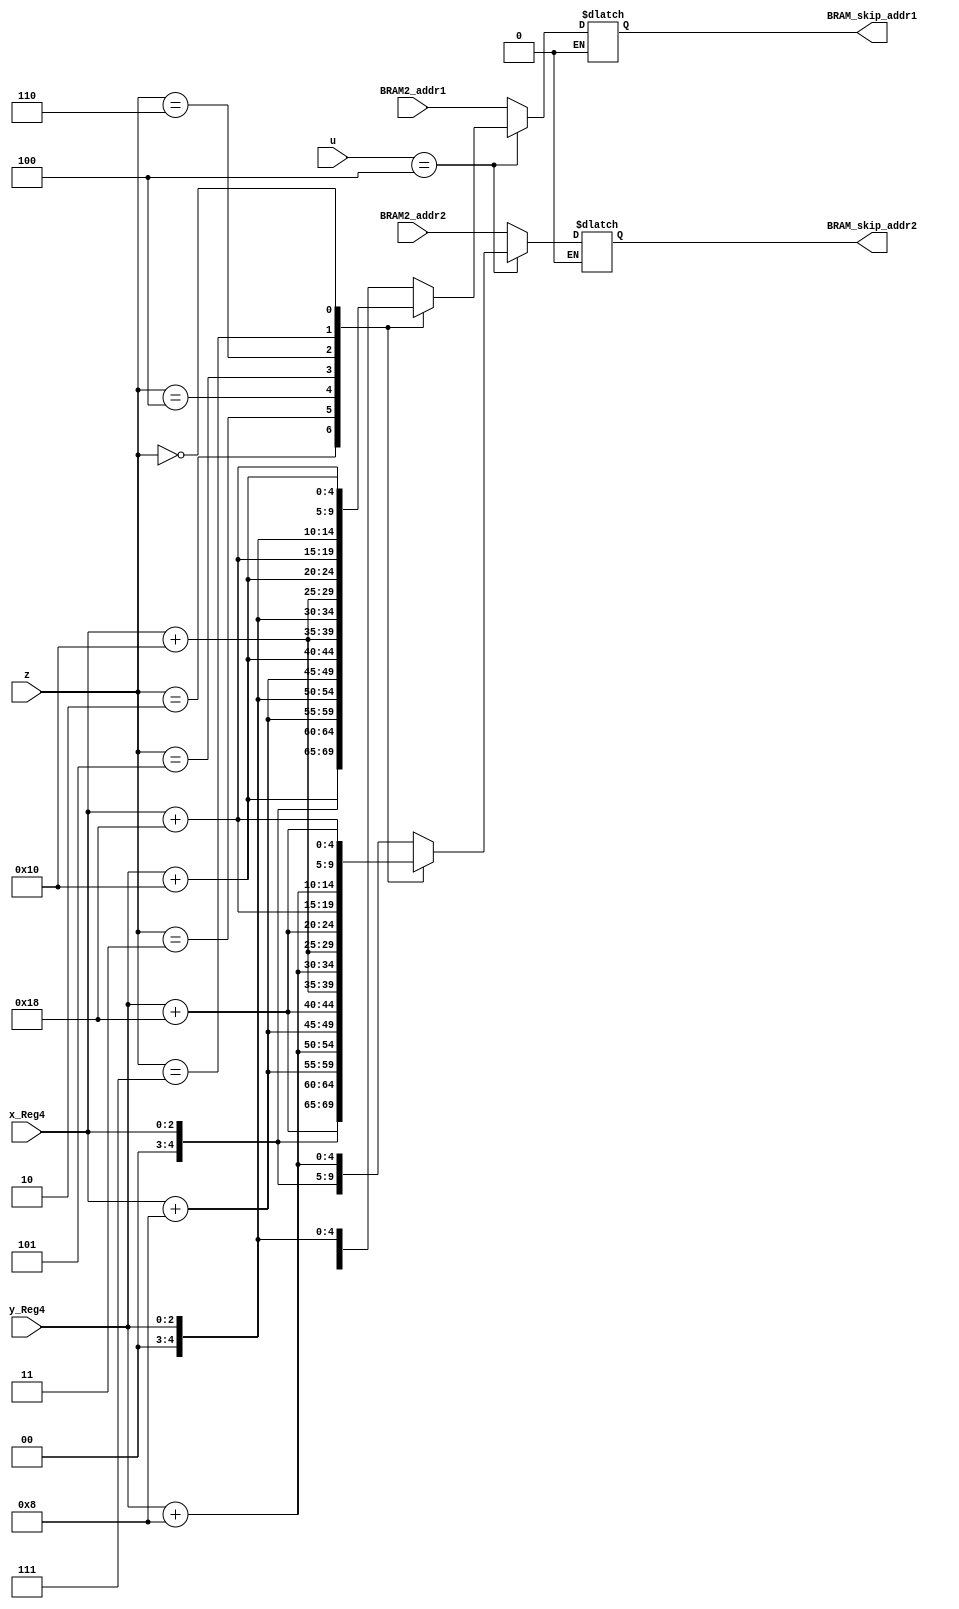

module BRAM_SKIP_address_L10(z,u,x_Reg4,y_Reg4,BRAM2_addr1,BRAM2_addr2,BRAM_skip_addr1,BRAM_skip_addr2);
output reg [9:0] BRAM_skip_addr1,BRAM_skip_addr2;
input [9:0] BRAM2_addr1,BRAM2_addr2;
input [2:0] u,z;
input [2:0] x_Reg4,y_Reg4;
wire [4:0] XREG_5bits,YREG_5bits;
assign XREG_5bits={2'b0,x_Reg4};
assign YREG_5bits={2'b0,y_Reg4};

always @ (*)
	begin
	 if (u==4)
		case(z)
			 1: begin  BRAM_skip_addr1={XREG_5bits,YREG_5bits}; 			            BRAM_skip_addr2={XREG_5bits,YREG_5bits+5'b01000}; 			           end
			 2: begin  BRAM_skip_addr1={XREG_5bits,YREG_5bits+5'b10000}; 	            BRAM_skip_addr2={XREG_5bits,YREG_5bits+5'b11000}; 	    	           end
			 
			 3: begin  BRAM_skip_addr1={XREG_5bits+5'b01000,YREG_5bits}; 			    BRAM_skip_addr2={XREG_5bits+5'b01000,YREG_5bits+5'b01000}; 			   end
			 4: begin  BRAM_skip_addr1={XREG_5bits+5'b01000,YREG_5bits+5'b10000}; 	    BRAM_skip_addr2={XREG_5bits+5'b01000,YREG_5bits+5'b11000}; 	    	   end
																						
			 5: begin  BRAM_skip_addr1={XREG_5bits+5'b10000,YREG_5bits}; 			    BRAM_skip_addr2={XREG_5bits+5'b10000,YREG_5bits+5'b01000}; 			   end
			 6: begin  BRAM_skip_addr1={XREG_5bits+5'b10000,YREG_5bits+5'b10000}; 	    BRAM_skip_addr2={XREG_5bits+5'b10000,YREG_5bits+5'b11000}; 	    	   end
																						
			 7: begin  BRAM_skip_addr1={XREG_5bits+5'b11000,YREG_5bits}; 			    BRAM_skip_addr2={XREG_5bits+5'b11000,YREG_5bits+5'b01000}; 			   end
			 0: begin  BRAM_skip_addr1={XREG_5bits+5'b11000,YREG_5bits+5'b10000}; 	    BRAM_skip_addr2={XREG_5bits+5'b11000,YREG_5bits+5'b11000}; 	    	   end
	   default: begin  BRAM_skip_addr1=0;                                               BRAM_skip_addr2=0;                                                     end 
		endcase
	else if (!(u==4))
	begin BRAM_skip_addr1=BRAM2_addr1; BRAM_skip_addr2=BRAM2_addr2;end
	end
endmodule